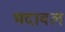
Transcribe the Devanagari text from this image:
भदावल